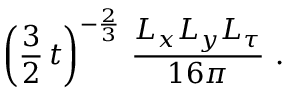
\left( \frac { 3 } { 2 } \, t \right) ^ { - { \frac { 2 } { 3 } } } \, \frac { L _ { x } L _ { y } L _ { \tau } } { 1 6 \pi } \ .